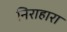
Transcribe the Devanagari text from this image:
निराहारा